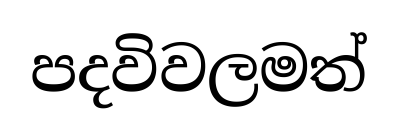
පදවිවලමත්